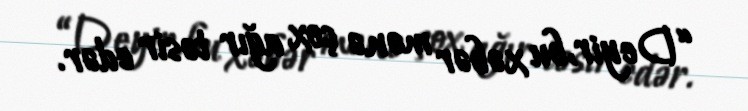
“Deyir, bu xəbər mənə çox ağır təsir edər.